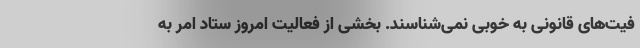
فیت‌های قانونی به خوبی نمی‌شناسند. بخشی از فعالیت امروز ستاد امر به